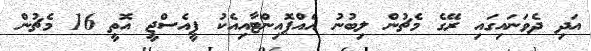
އަދި ދެވަނައިގައި ރޭގެ މެޗުން ލިބުނު އެއްޕޮއިންޓާއިއެކު ޕީއެސްޖީ އޮތީ 16 މެޗުން